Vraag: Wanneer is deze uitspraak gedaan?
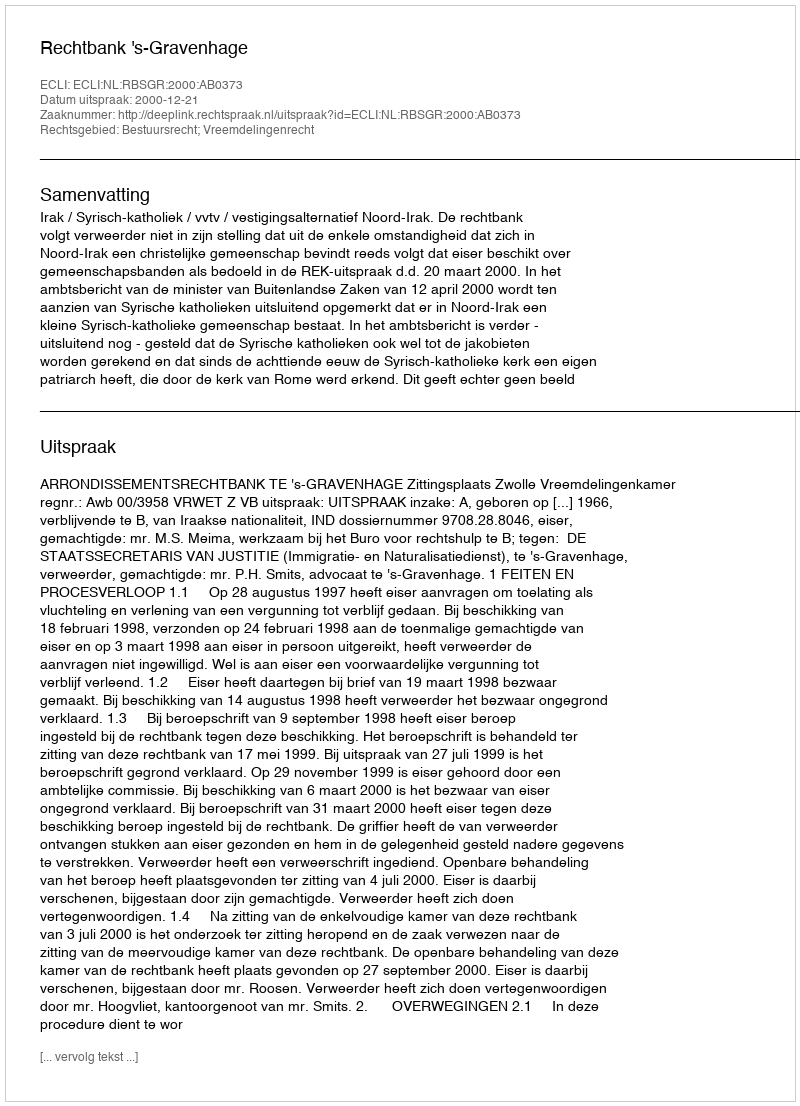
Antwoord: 2000-12-21